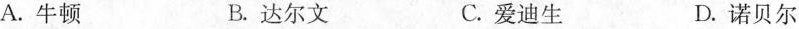
A.牛顿 B.达尔文 C.爱迪生 D.诺贝尔